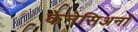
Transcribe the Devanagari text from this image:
केनेसिअनों